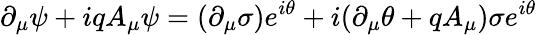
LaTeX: \partial_{\mu}\psi+iqA_{\mu}\psi=(\partial_{\mu}\sigma)e^{i\theta}+i(\partial_{\mu}\theta+qA_{\mu})\sigma e^{i\theta}